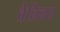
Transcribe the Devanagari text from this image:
बेलिलस